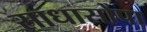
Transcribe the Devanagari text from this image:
साधासोपा